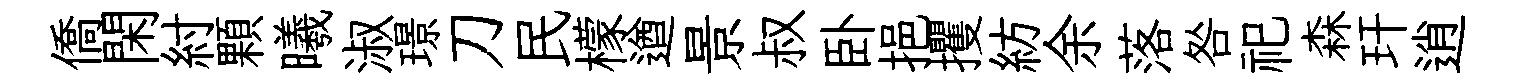
僑閑紂顆曦淑璟刀民檬遒景叔卧挹攫紡余落咎祀森玕逍